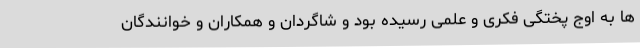
ها به اوج پختگی فکری و علمی رسیده بود و شاگردان و همکاران و خوانندگان